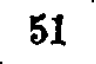
51